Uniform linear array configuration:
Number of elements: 8
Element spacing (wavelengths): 1
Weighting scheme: binomial
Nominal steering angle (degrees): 30
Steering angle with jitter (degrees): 29.195
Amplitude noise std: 0.05
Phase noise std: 0.05

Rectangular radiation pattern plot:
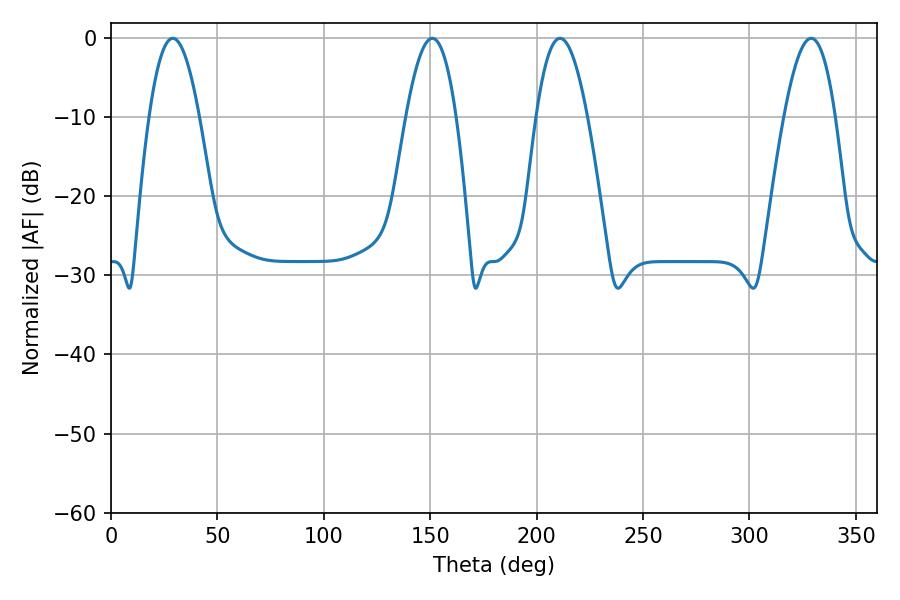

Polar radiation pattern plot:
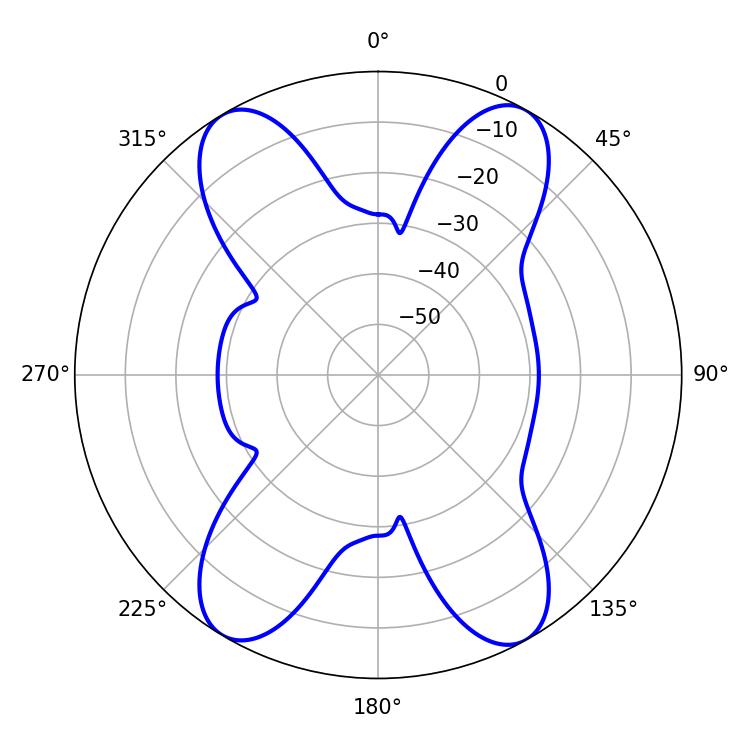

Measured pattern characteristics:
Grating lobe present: TRUE
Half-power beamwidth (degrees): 13.14
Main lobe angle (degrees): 329.04